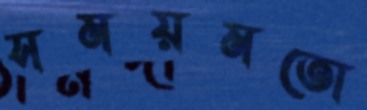
সময়মতো